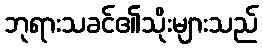
ဘုရားသခင်၏သိုးများသည်